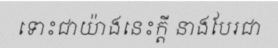
ទោះជាយ៉ាងនេះក្តី នាងបែរជា